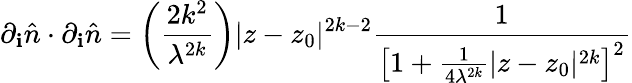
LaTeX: \partial_{\mathbf{i}}\hat{{n}}\cdot\partial_{\mathbf{i}}\hat{{n}}=\left(\frac{{2k^{2}}}{{\lambda^{2k}}}\right)|z-z_{0}|^{2k-2}\frac{{1}}{{\left[1+\frac{{1}}{{4\lambda^{2k}}}|z-z_{0}|^{2k}\right]^{2}}}